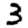
Digit: 3